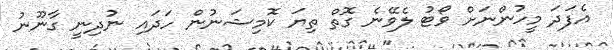
އެފަދަ މީހުންނަށް ވޯޓު ލެވޭނެ ގޮތް ތިޔަ ކޮމިޝަނުން ހަދައި ނުދިނީ ގާނޫނު